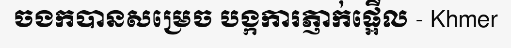
ចងកបានសម្រេច បង្កការភ្ញាក់ផ្អើល - Khmer